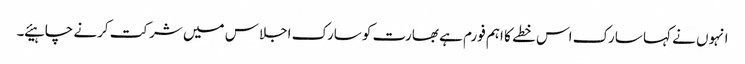
انہوں نے کہا سارک اس خطے کا اہم فورم ہے بھارت کو سارک اجلاس میں شرکت کرنے چاہیئے ۔